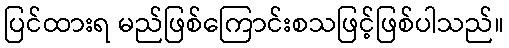
ပြင်ထားရ မည်ဖြစ်ကြောင်းစသဖြင့်ဖြစ်ပါသည်။